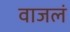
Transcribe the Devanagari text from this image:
वाजलं